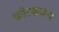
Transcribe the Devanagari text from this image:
कीटकजन्य